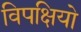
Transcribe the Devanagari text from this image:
विपक्षियो